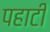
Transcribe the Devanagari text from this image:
पहाटी